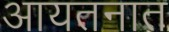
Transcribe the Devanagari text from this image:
आयतनात